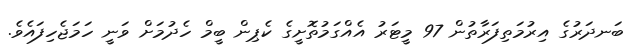
ބަނދަރުގެ އިރުމަތިފަރާތުން 97 މީޓަރު އެއްގަމުތޮށީގެ ކެޕިން ބީމް ހެދުމަށް ވަނީ ހަމަޖެހިފައެވެ.